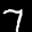
Label: 7